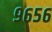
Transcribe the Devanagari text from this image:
९६५६